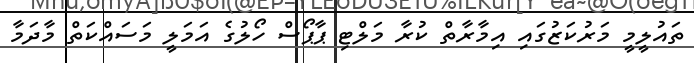
ތައުލީމީ މަރުކަޒުގައި އިމާރާތް ކުރާ މަލްޓި ޕާޕޯސް ހޯލުގެ އަމަލީ މަސައްކަތް މާދަމާ